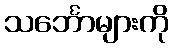
သင်္ဘောများကို